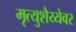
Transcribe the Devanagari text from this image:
मृत्युशैय्येवर